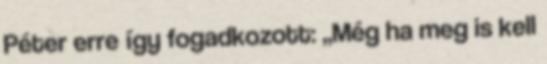
Péter erre így fogadkozott: ,,Még ha meg is kell